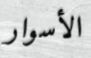
الأسوار